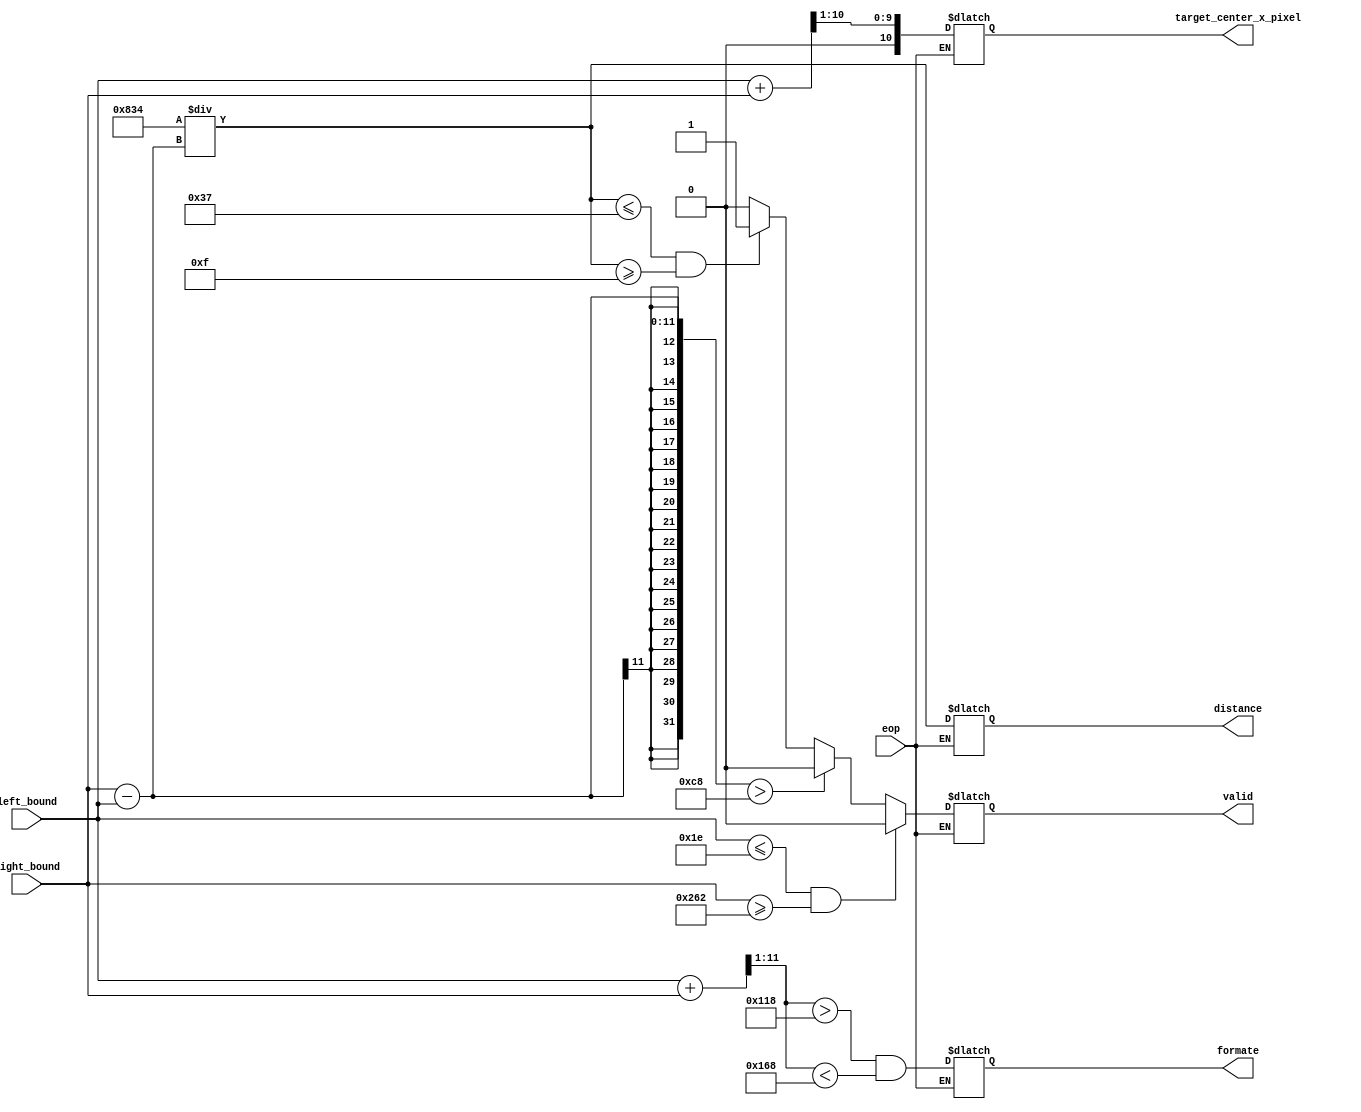
module distance_cal
(
    //input [7:0] height_rt_cam,
    //input [7:0] cali_size,
    //input [7:0] cali_distance,
    input [10:0] left_bound,
    input [10:0] right_bound,
    input eop,
    output reg valid,
    output reg formate,
    output reg [10:0] target_center_x_pixel,
    output reg [11:0] distance
    //output [7:0] distance,
    // output [7:0] heigh 
);
parameter IMAGE_W = 11'd640;
parameter cali_size = 11'd70;
parameter cali_distance = 11'd30;

// formate = 0 :: center 
always @(*) begin
    if(eop)begin
        distance = (cali_size * cali_distance) / (right_bound - left_bound);
        valid =  (left_bound <= 30 && right_bound >= IMAGE_W - 30 )? 0 :
                 (right_bound - left_bound > 200)? 0:
                // (upper_bound >= 90) ? 0:
                 (distance <= 55 && distance >= 15)? 1:0;

        formate = ((left_bound + right_bound) >> 1 > 280) && ((left_bound + right_bound) >> 1 < 360);
        target_center_x_pixel = (left_bound + right_bound) >> 1;
    end
end
endmodule